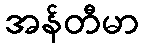
အန်တီမာ